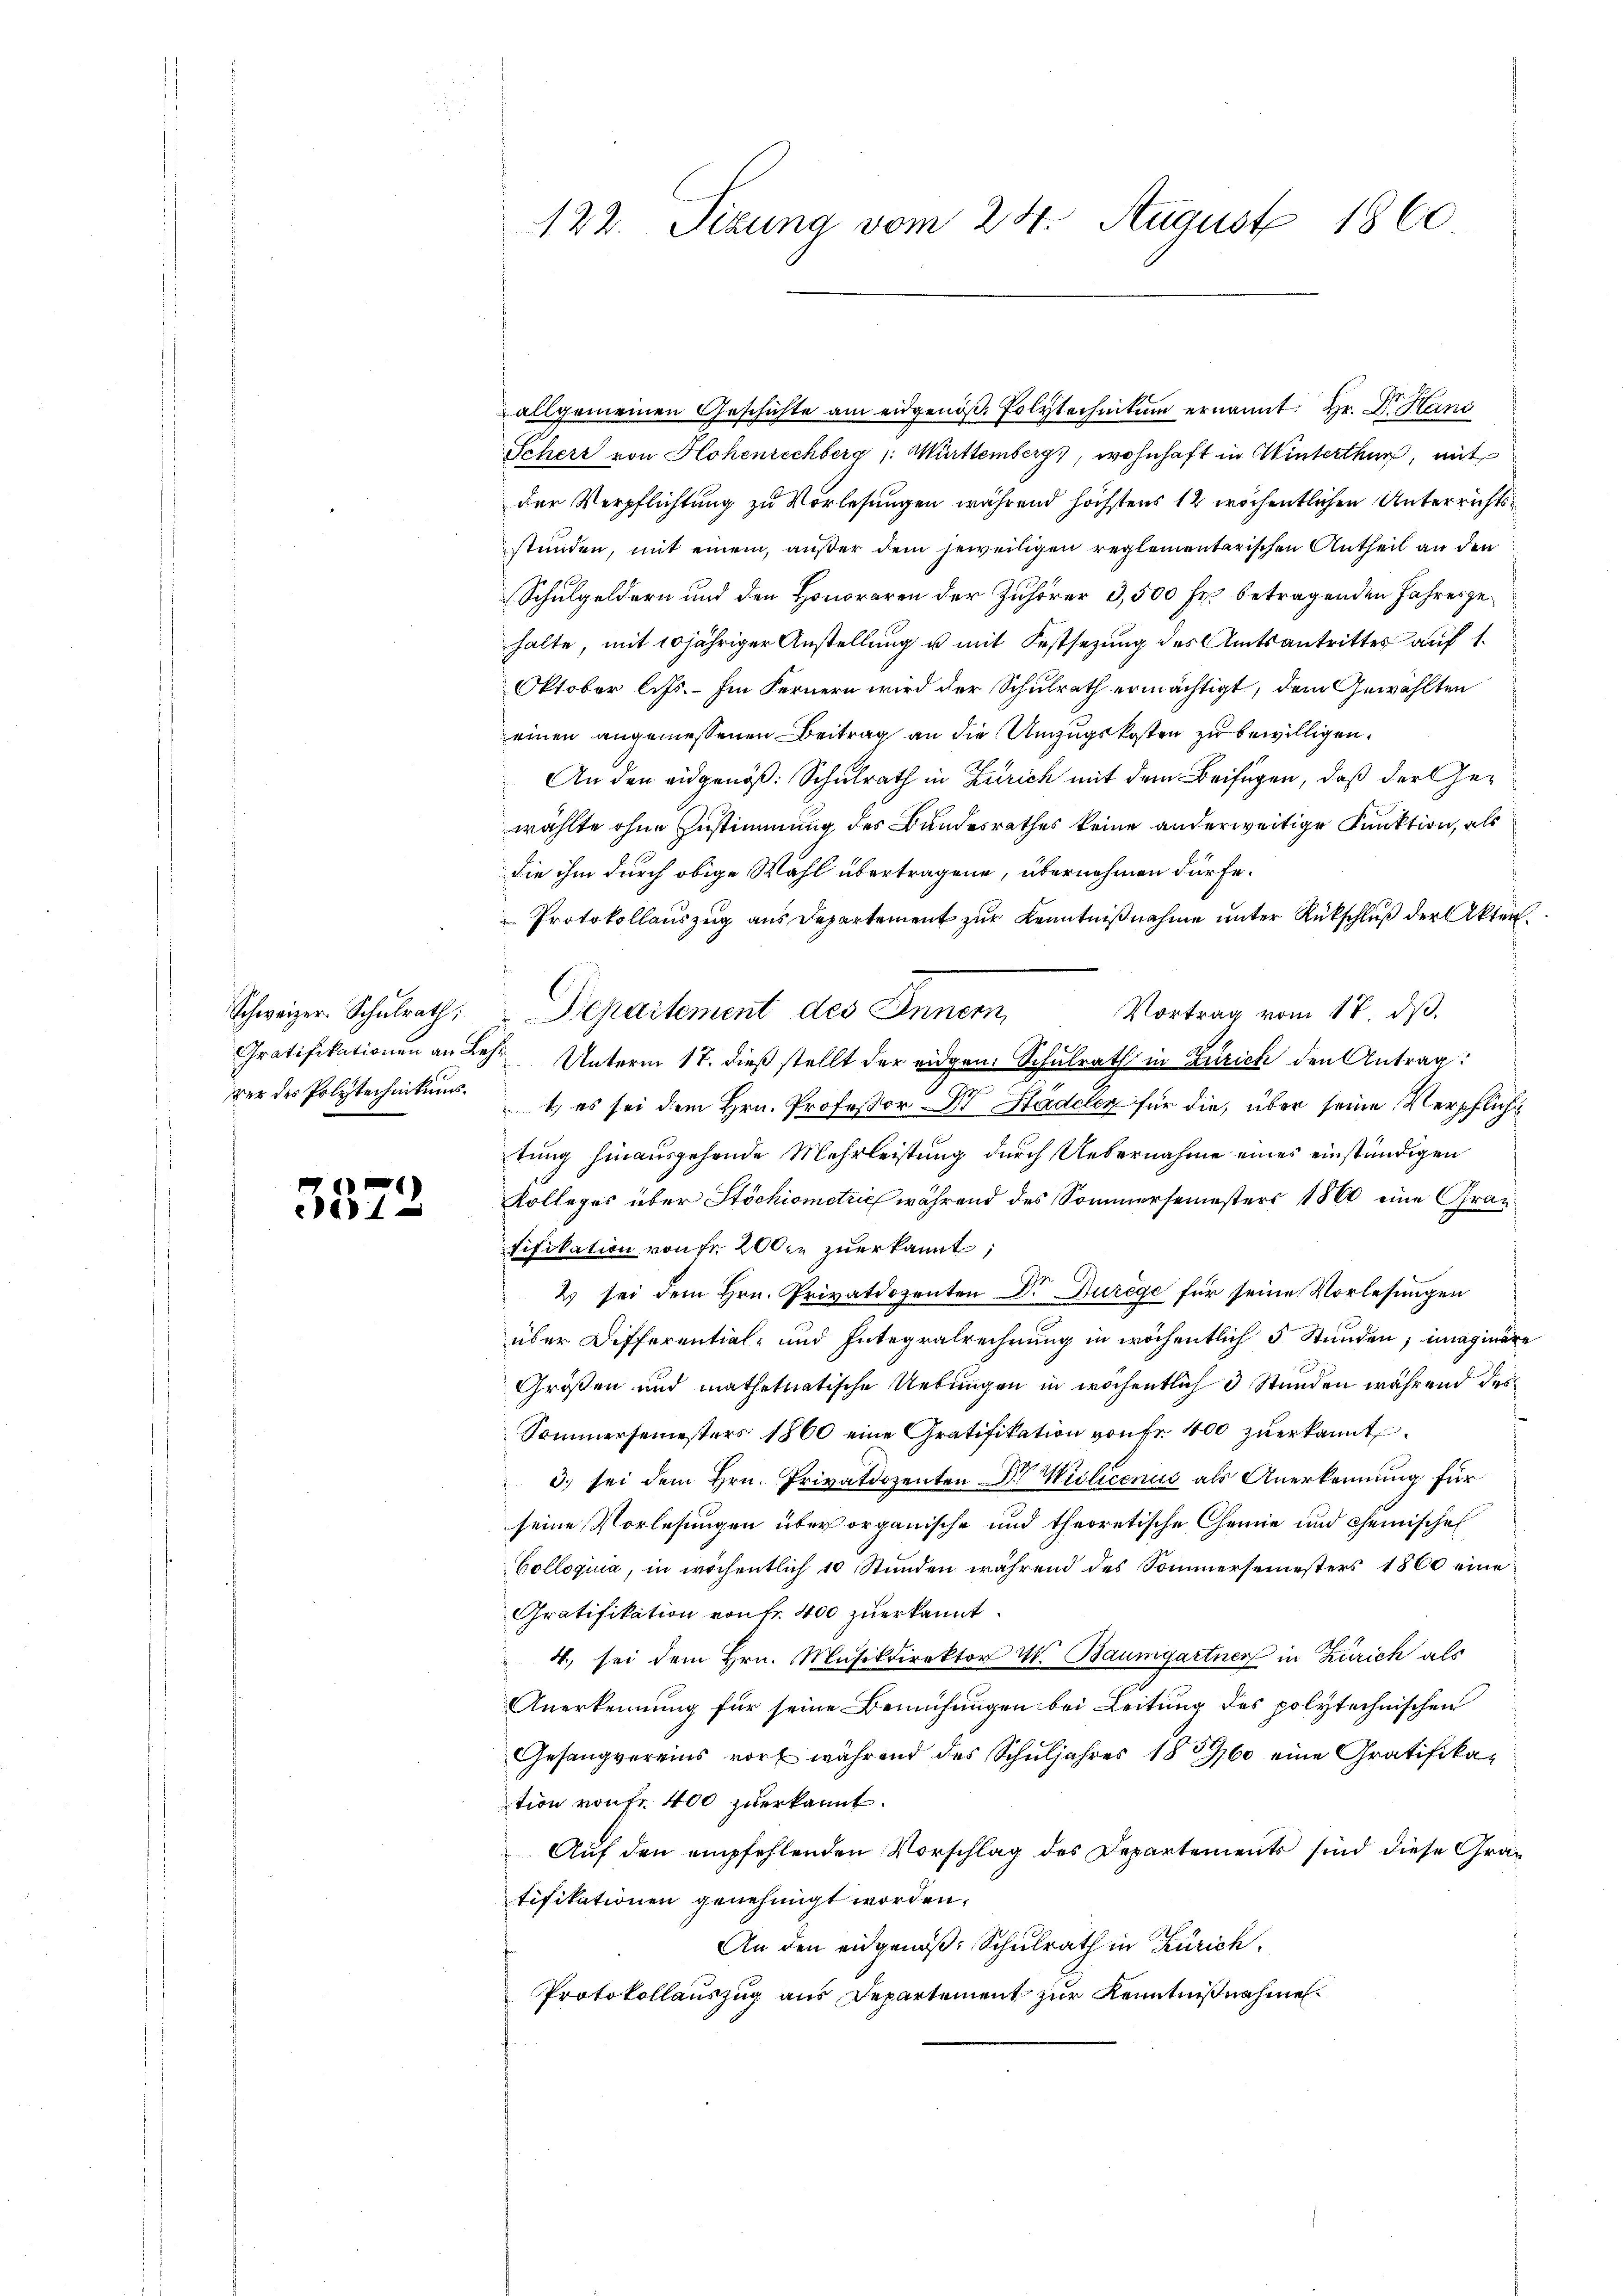
Schweizer. Schulrath;
Gratifikationen an Bever des Polytechnikums.

3572

122. Sizung vom 24. August 1860

Schers von Hohenrechberg (: Württemberg), wohnhaft in Winterthur, mit
der Verpflichtung zu Vorlesungen während höchstens 12 wöchentlichen Unterrichtsstünden, mit einem, außer dem jeweiligen reglementarischen Antheil an den
Schulgeldern und den Honoraren der Zuhörer 3,500 Fr. betragenden Jahresgehalte, mit 10 jähriger Anstellung u mit Festsezung des Amtsantrittes auf 1.
Oktober litt. Im Fernern wird der Schulrath ermächtigt, dem Gewählten
einen angemessenen Beitrag an die Umzugskosten zu bewilligen.
An den eidgenöß: Schulrath in Zürich mit dem Beifügen, daß der Gewählte ohne Zustimmung des Bundesrathes keine anderweitige Funktion, als
die ihm durch obige Wahl übertragene, übernehmen dürfe.
Protokollauszug aus Departement zur Kenntnißnahme unter Rückschluß der Akten.
Vortrag vom 18. ds.
 Departement des Innern,
1
Unterm 17. dieß stellt der eidgen. Schulrath in Zürich den Antrag:
1) es sei dem Hrn. Professor Dr Stadelen für die, über seine Verpflicht
tung hinausgehende Mehrleistung durch Uebernahme eines einständigen
Kolleges über Stöchiometrie während des Sommersemesters 1860 eine Gratifikation von fr 200 r. zuerkannt;
2 sei dem Hrn. Privatdozenten Dr. Durege für seine Vorlesungen
über Differential- und Integralrechnung in wöchentlich 5 Stunden; imaginere
Größen und mathetnatische Uebungen in wöchentlich 3 Stunden während des
Sommersemesters 1860 eine Gratifikation von Fr. 400 zuerkannt.
3. sei dem Hrn. Privatdozenten Dr. Miilicenus als Anerkennung für
seine Vorlesungen über organische und theoretische Chemie und Chemische
Collogiua, in wöchentlich 10 Stunden während des Sommersemesters 1860 eine
Gratifikation von fr. 400 zuerkannt.
4, sei dem Hrn. Musikdirektor v. Baumgartner in Zürich als
Anerkennung für seine Bemühungen bei Leitung des polytechnischen
Gesangvereins vor während des Schuljahres 1860 eine Gratifikation von fr. 400 zuerkannt.
Auf den empfehlenden Vorschlag des Departements sind diese Grautifikationen genehmigt worden.
An den eidgenöß: Schulrath in Zürich
Protokollauszug aus Departement zur Kenntnißnahmen.

allgemeinen Geschichte am eidgenöβ. folytechnitŭm ernannt: Hr. Dr. Hand